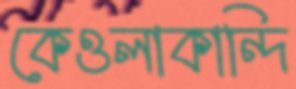
কেওলাকান্দি